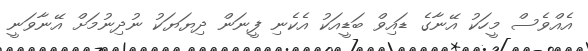
އެއްވެސް މީހަކު އޭނާގެ ޑައިވް ބަޑީއަކު އެކެނި ފީނަން ދިޔަޔަކު ނުދިނުމަށް އޭނާވަނީ